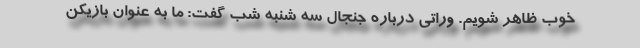
خوب ظاهر شویم. وراتی درباره جنجال سه شنبه شب گفت: ما به عنوان بازیکن